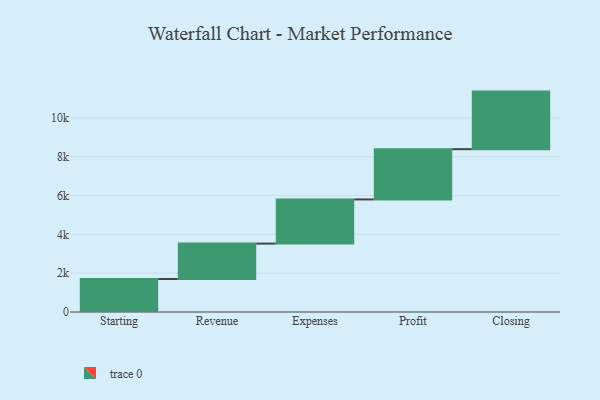
{"axis": {"x": "Step", "y": "Value"}, "legend": [""], "data": [{"x": "Starting", "y": 1700.0, "type": ""}, {"x": "Revenue", "y": 1825.0, "type": ""}, {"x": "Expenses", "y": 2276.0, "type": ""}, {"x": "Profit", "y": 2591.0, "type": ""}, {"x": "Closing", "y": 2967.0, "type": ""}]}